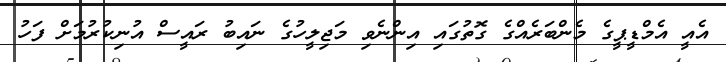
އެއީ އެމްޑީޕީގެ މެންބަރެއްގެ ގޮތުގައި އިންނެވި މަޖިލީހުގެ ނައިބު ރައީސް އުނިކުރުމަށް ފަހު